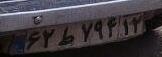
۶۲ط۷۹۴۱۲